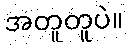
အတူတူပဲ။